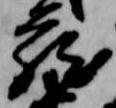
蔵